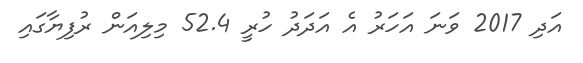
އަދި 2017 ވަނަ އަހަރު އެ އަދަދު ހުރީ 52.4 މިލިއަން ރުފިޔާގައި